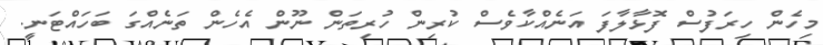
މިހެން ހިރަފުސް ފޮޅާލާފަ އަނެއްކާވެސް ކުރިން ހުރިތަން ނޫން އެހެން ތަނެއްގަ ބަހައްޓަނީ.